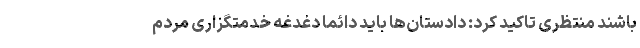
باشند منتظری تاکید کرد: دادستان‌ها باید دائما دغدغه خدمتگزاری مردم